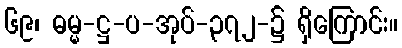
၆၉၊ ဓမ္မ-ဋ္ဌ-ပ-အုပ်-၃၇၂-၌ ရှိကြောင်း။